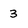
Character: 3